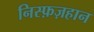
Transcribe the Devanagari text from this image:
निस्फ़ज़हान